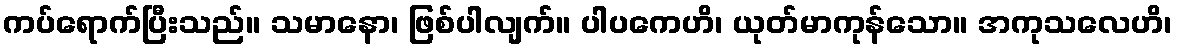
ကပ်ရောက်ပြီးသည်။ သမာနော၊ ဖြစ်ပါလျက်။ ပါပကေဟိ၊ ယုတ်မာကုန်သော။ အကုသလေဟိ၊